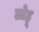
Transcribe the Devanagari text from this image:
लोहू